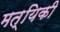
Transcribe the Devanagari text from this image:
मत्यिकी